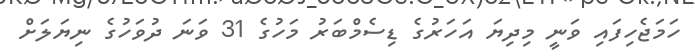
ހަމަޖެހިފައި ވަނީ މިދިޔަ އަހަރުގެ ޑިސެމްބަރު މަހުގެ 31 ވަނަ ދުވަހުގެ ނިޔަލަށް